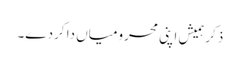
ذکر ہمیش اپنی محرومیاں دا کردے۔